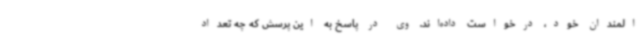
المندان خود، درخواست داده‌اند. وی در پاسخ به این پرسش که چه تعداد